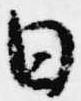
日